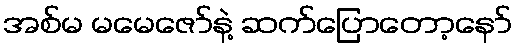
အစ်မ မမေဇော်နဲ့ ဆက်ပြောတော့နော်